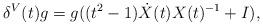
LaTeX: \begin{align*}\delta^V (t) g = g ((t^2 - 1) \dot X(t) X(t)^{-1} + I),\end{align*}